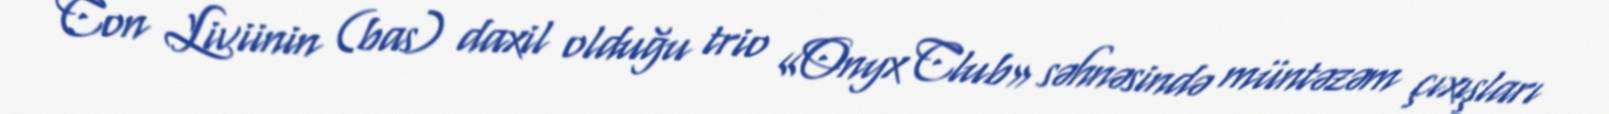
Con Liviinin (bas) daxil olduğu trio «Onyx Club» səhnəsində müntəzəm çıxışları